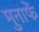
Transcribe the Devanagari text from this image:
मुनाफें